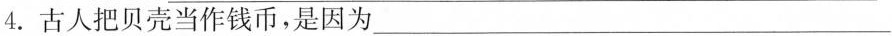
4.古人把贝壳当作钱币，是因为___